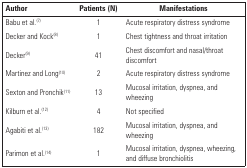
| Author | Patients (N) | Manifestations |
 | --- | --- | --- |
 | Babu et al.(7) | 1 | Acute respiratory distress syndrome |
 | Decker and Kock(8) | 1 | Chest tightness and throat irritation |
 | Decker(9) | 41 | Chest discomfort and nasal/throat discomfort |
 | Martinez and Long(10) | 2 | Acute respiratory distress syndrome |
 | Sexton and Pronchik(11) | 13 | Mucosal irritation, dyspnea, and wheezing |
 | Kilburn et al.(12) | 4 | Not specified |
 | Agabiti et al.(13) | 182 | Mucosal irritation, dyspnea, and wheezing |
 | Parimon et al.(14) | 1 | Mucosal irritation, dyspnea, wheezing, and diffusebronchiolitis |